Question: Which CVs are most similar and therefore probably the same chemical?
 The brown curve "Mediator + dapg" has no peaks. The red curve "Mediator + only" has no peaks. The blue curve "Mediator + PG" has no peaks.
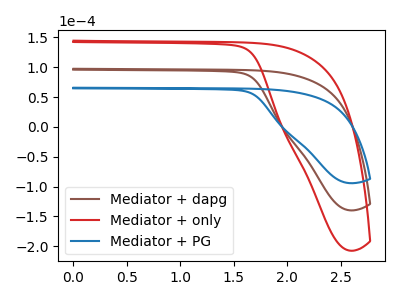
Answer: <think>Neither "Mediator + dapg" or "Mediator + only" have any peaks. Neither "Mediator + dapg" or "Mediator + PG" have any peaks. Neither "Mediator + only" or "Mediator + PG" have any peaks.
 </think>
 <answer>"Mediator + PG", "Mediator + dapg" and "Mediator + only" have the same shape and are likely CV's of the same chemical.</answer>
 <eval>"Mediator + PG" "Mediator + dapg" "Mediator + only"</eval>